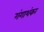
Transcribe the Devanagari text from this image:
गंगाशंकर